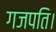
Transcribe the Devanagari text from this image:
गजपति।